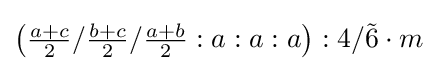
\left({\tfrac {a+c}{2}}/{\tfrac {b+c}{2}}/{\tfrac {a+b}{2}}:a:a:a\right):4/{\tilde {6}}\cdot m